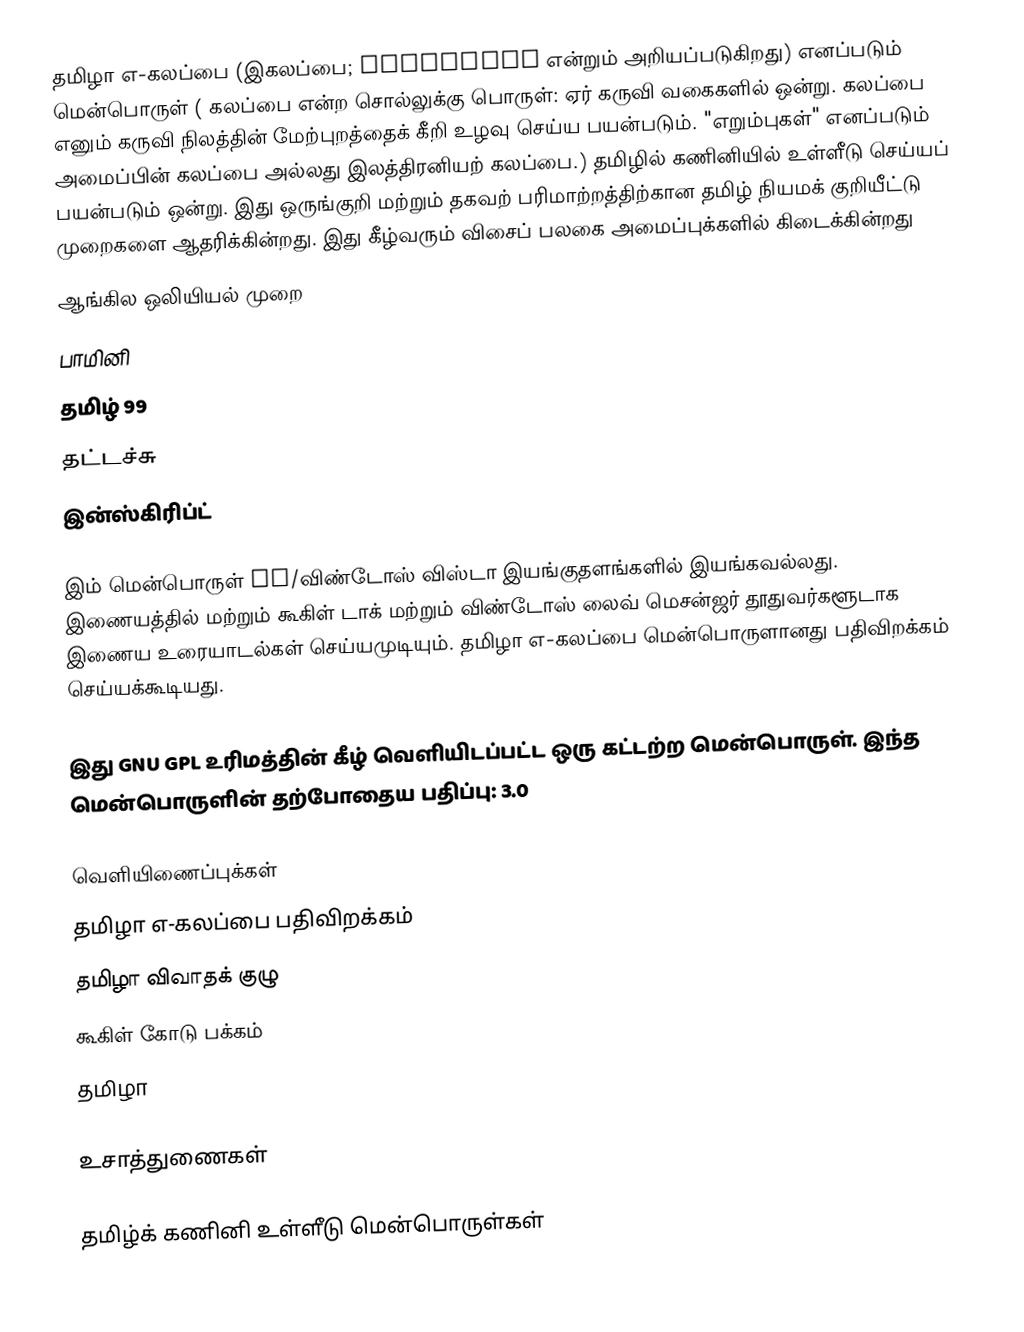
தமிழா எ-கலப்பை (இகலப்பை; eKalappai என்றும் அறியப்படுகிறது) எனப்படும் மென்பொருள் ( கலப்பை என்ற சொல்லுக்கு பொருள்: ஏர் கருவி வகைகளில் ஒன்று. கலப்பை எனும் கருவி நிலத்தின் மேற்புறத்தைக் கீறி உழவு செய்ய பயன்படும். "எறும்புகள்" எனப்படும் அமைப்பின் கலப்பை அல்லது இலத்திரனியற் கலப்பை.)  தமிழில் கணினியில் உள்ளீடு செய்யப் பயன்படும் ஒன்று. இது ஒருங்குறி மற்றும் தகவற் பரிமாற்றத்திற்கான தமிழ் நியமக் குறியீட்டு முறைகளை ஆதரிக்கின்றது. இது கீழ்வரும் விசைப் பலகை அமைப்புக்களில் கிடைக்கின்றது
 ஆங்கில ஒலியியல் முறை
 பாமினி
 தமிழ் 99
 தட்டச்சு
 இன்ஸ்கிரிப்ட்

இம் மென்பொருள் XP/விண்டோஸ் விஸ்டா இயங்குதளங்களில் இயங்கவல்லது. இணையத்தில் மற்றும் கூகிள் டாக் மற்றும் விண்டோஸ் லைவ் மெசன்ஜர் தூதுவர்களூடாக இணைய உரையாடல்கள் செய்யமுடியும். தமிழா எ-கலப்பை  மென்பொருளானது பதிவிறக்கம் செய்யக்கூடியது.

இது GNU GPL உரிமத்தின் கீழ் வெளியிடப்பட்ட ஒரு  கட்டற்ற மென்பொருள். இந்த மென்பொருளின் தற்போதைய பதிப்பு: 3.0

வெளியிணைப்புக்கள்
தமிழா எ-கலப்பை  பதிவிறக்கம்
 தமிழா விவாதக் குழு
 கூகிள் கோடு பக்கம்
தமிழா

உசாத்துணைகள்

தமிழ்க் கணினி உள்ளீடு மென்பொருள்கள்